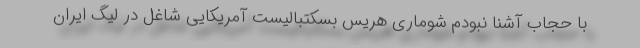
با حجاب آشنا نبودم شوماری هریس بسکتبالیست آمریکایی شاغل در لیگ ایران